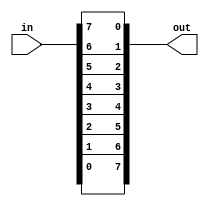

module top_module (
	input [7:0] in,
	output [7:0] out
);
	
  /*
  Hint...
 assign out[7:0] = in[0:7]; does not work because Verilog does not allow vector bit ordering to be flipped.
 The concatenation operator may save a bit of coding, allowing for 1 assign statement instead of 8.
  */
  
  assign {out[0],out[1],out[2],out[3],out[4],out[5],out[6],out[7]} = in; 
	
	/*
	// I know you're dying to know how to use a loop to do this:
	// Create a combinational always block. This creates combinational logic that computes the same result
	// as sequential code. for-loops describe circuit *behaviour*, not *structure*, so they can only be used 
	// inside procedural blocks (e.g., always block).
	// The circuit created (wires and gates) does NOT do any iteration: It only produces the same result
	// AS IF the iteration occurred. In reality, a logic synthesizer will do the iteration at compile time to
	// figure out what circuit to produce. (In contrast, a Verilog simulator will execute the loop sequentially
	// during simulation.)
	always @(*) begin	
		for (int i=0; i<8; i++)	// int is a SystemVerilog type. Use integer for pure Verilog.
			out[i] = in[8-i-1];
	end
	// It is also possible to do this with a generate-for loop. Generate loops look like procedural for loops,
	// but are quite different in concept, and not easy to understand. Generate loops are used to make instantiations
	// of "things" (Unlike procedural loops, it doesn't describe actions). These "things" are assign statements,
	// module instantiations, net/variable declarations, and procedural blocks (things you can create when NOT inside 
	// a procedure). Generate loops (and genvars) are evaluated entirely at compile time. You can think of generate
	// blocks as a form of preprocessing to generate more code, which is then run though the logic synthesizer.
	// In the example below, the generate-for loop first creates 8 assign statements at compile time, which is then
	// synthesized.
	// Note that because of its intended usage (generating code at compile time), there are some restrictions
	// on how you use them. Examples: 1. Quartus requires a generate-for loop to have a named begin-end block
	// attached (in this example, named "my_block_name"). 2. Inside the loop body, genvars are read only.
	generate
		genvar i;
		for (i=0; i<8; i = i+1) begin: my_block_name
			assign out[i] = in[8-i-1];
		end
	endgenerate
	*/
	
endmodule